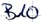
Text: B10